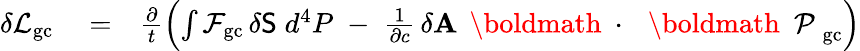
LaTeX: \begin{array}{rlr}{\delta{\cal L}_{\mathrm{gc}}}&{{}=}&{\frac{\partial}{t}\left(\int{\cal F}_{\mathrm{gc}}\, \delta{\sf S}\; d^{4}P\; -\; \frac{1}{\partial c}\, \delta{\mathbf A}\, \mathrm{~\boldmath~\cdot~}\, \mathrm{~\boldmath~\cal~P~}_{\mathrm{gc}}\right)}\end{array}